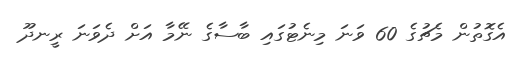
އެގޮތުން މެޗުގެ 60 ވަނަ މިނެޓުގައި ބާސާގެ ނޭމާ އަށް ދެވަނަ ރީނދޫ